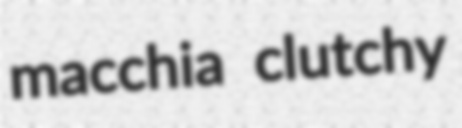
macchia clutchy